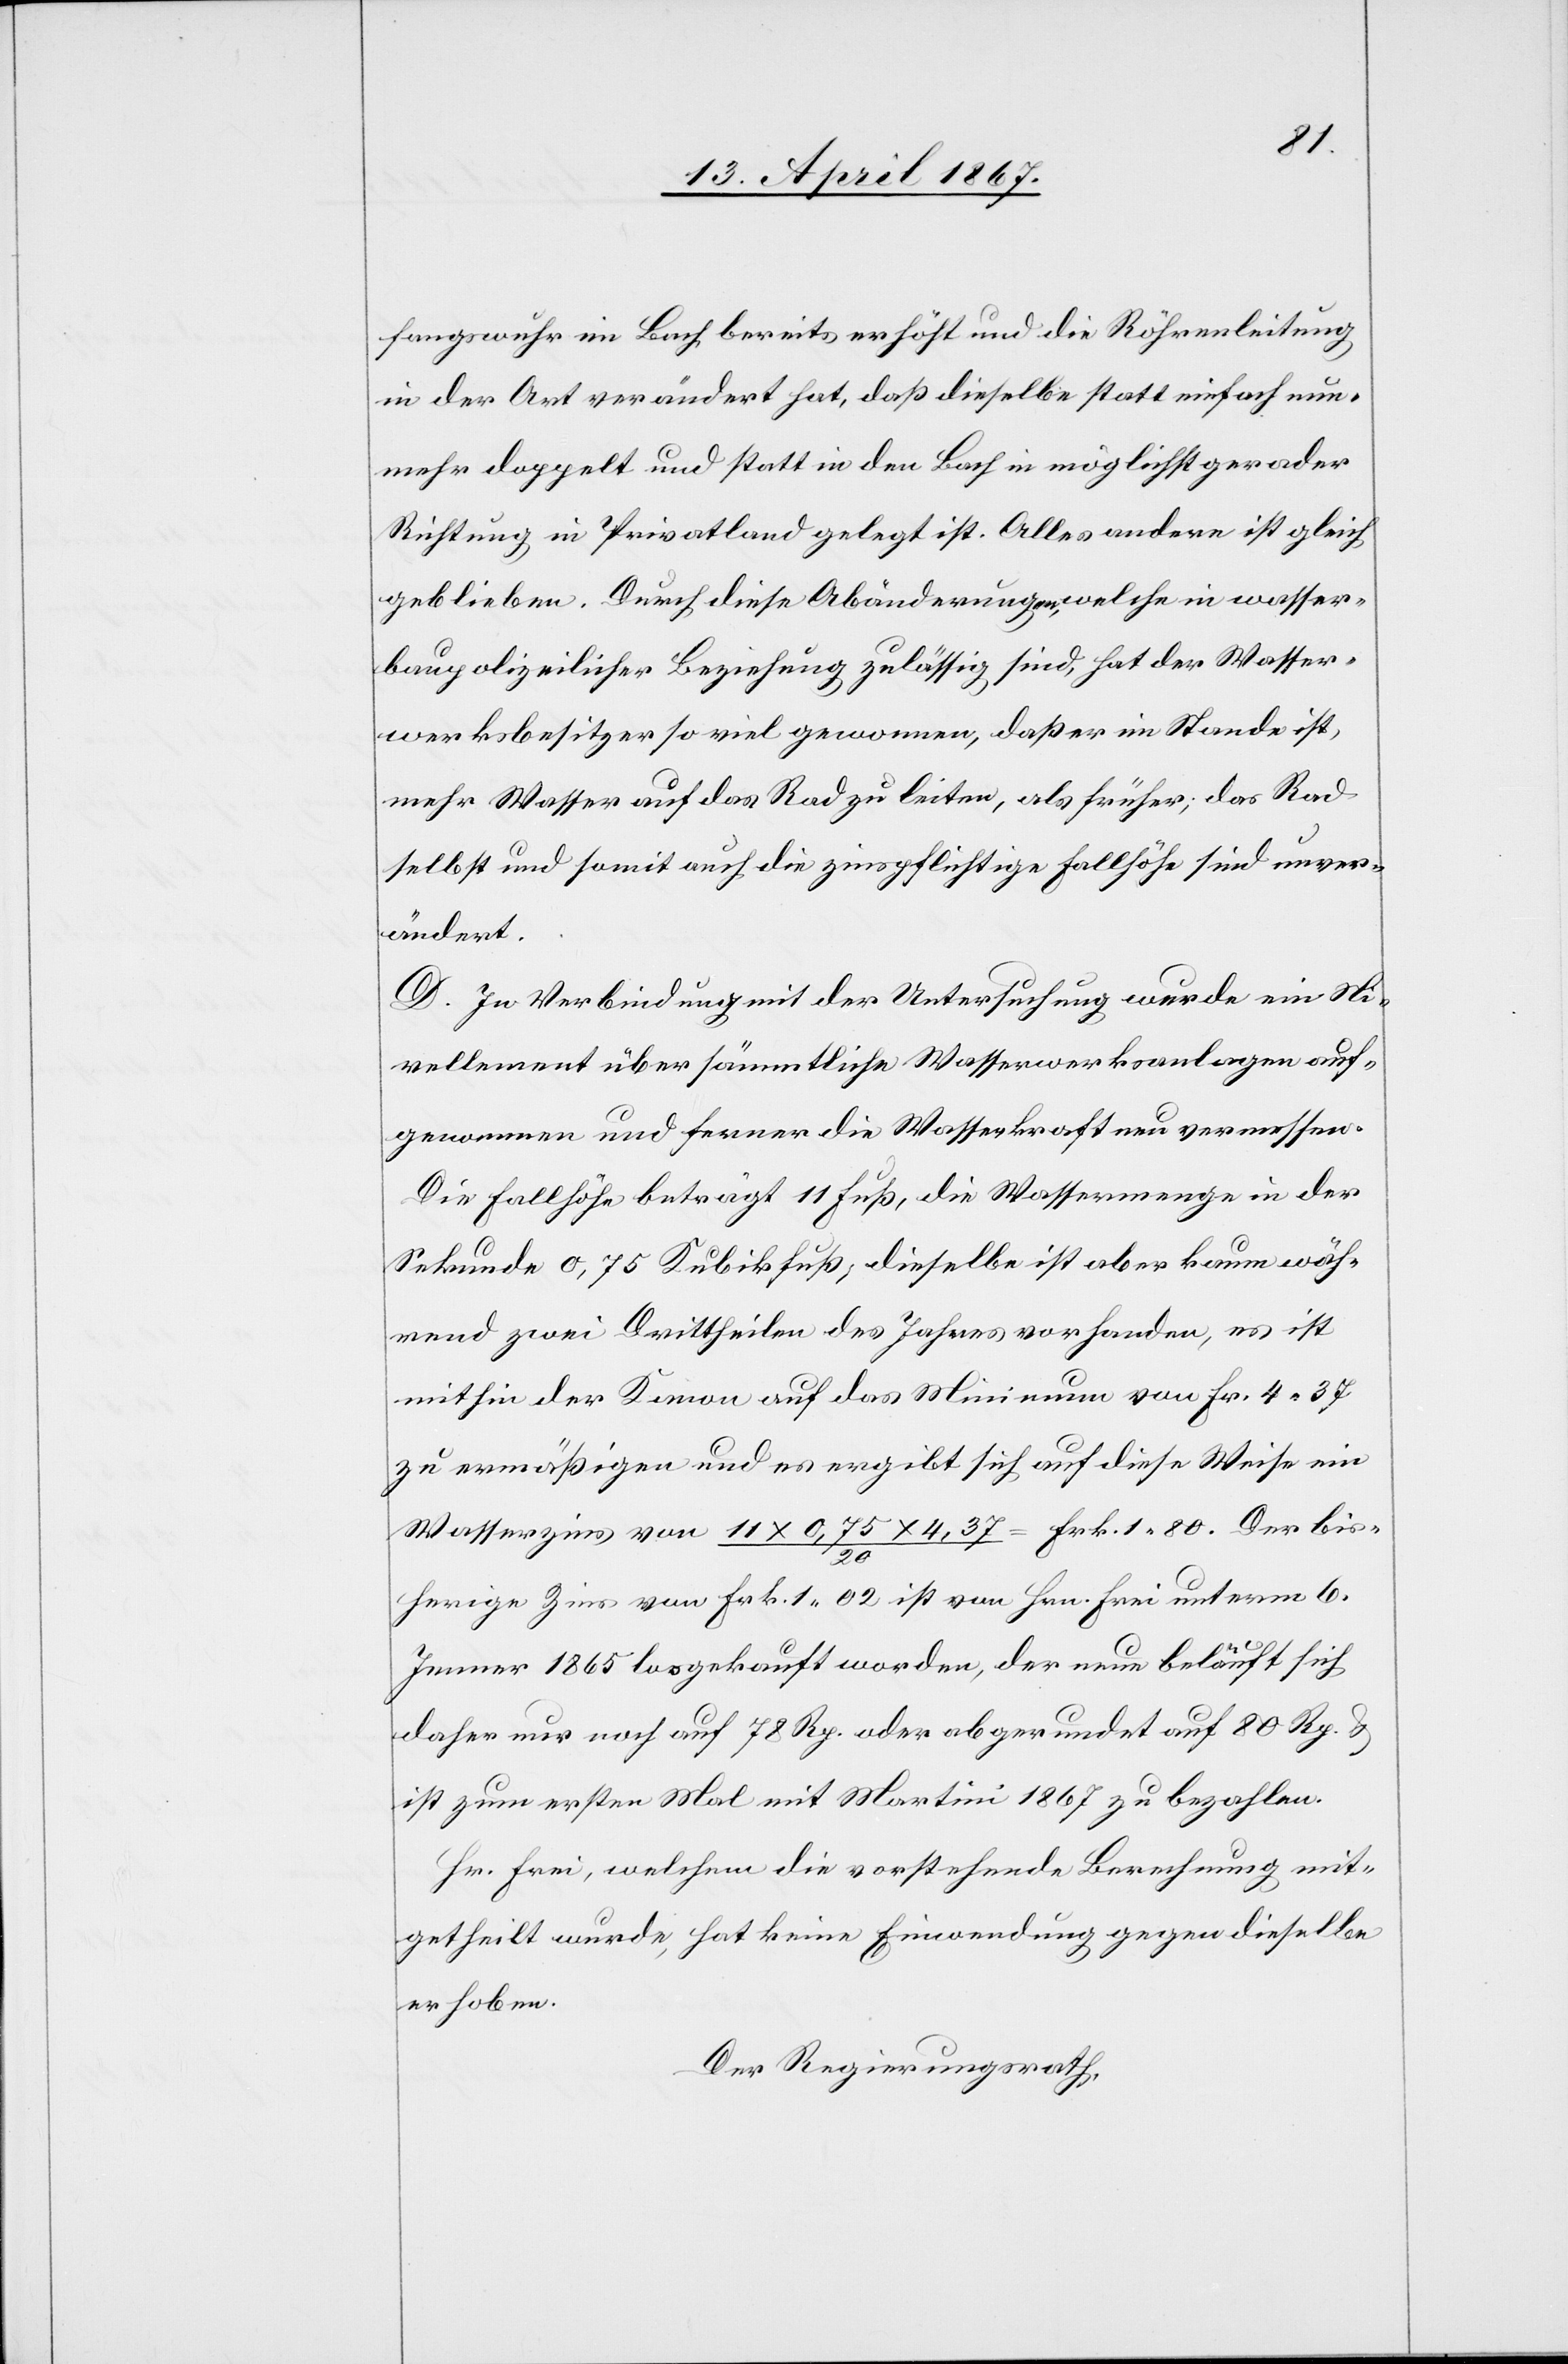
fas¬
sungswuhr im Bach bereits erhöht und die Röhrenleitung
in der Art verändert hat, daß dieselbe statt einfach nun¬
mehr doppelt und statt in den Bach in möglichst gerader
Richtung in Privatland gelegt ist. Alles andere ist gleich
geblieben. Durch diese Abänderungen, welche in wasser¬
baupolizeilicher Beziehung zulässig sind, hat der Wasser¬
werksbesitzer so viel gewonnen, daß er im Stande ist,
mehr Wasser auf das Rad zu leiten, als früher; das Rad
selbst und somit auch die zinspflichtige Fallhöhe sind unver¬
ändert.
D. In Verbindung mit der Untersuchung wurde ein Nie¬
vellement über sämmtliche Wasserwerksanlagen auf¬
genommen und ferner die Wasserkraft neu vermessen.
Die Fallhöhe beträgt 11 Fuß, die Wassermenge in der
Sekunde 0,75 Kubikfuß, dieselbe ist aber kaum wäh¬
rend zwei Drittheilen des Jahres vorhanden, es ist
mithin der Kanon auf das Minimum von Fr. 4. 37
zu ermäßigen und es ergibt sich auf diese Weise ein
Wasserzins von 11 x 0.75 x 4.37 / 20 = Frk. 1. 80. Der bis¬
herige Zins von Frk. 1. 02 ist von Hrn. Frei unterm 6.
Jenner 1865 losgekauft worden, der neue beläuft sich
daher nur noch auf 78 Rp. oder abgerundet auf 80 Rp. u.
ist zum ersten Mal mit Martini 1867 zu bezahlen.
Hr. Frei, welchem die vorstehende Berechnung mit¬
getheilt wurde, hat keine Einwendung gegen dieselbe
erhoben.
Der Regierungsrath,